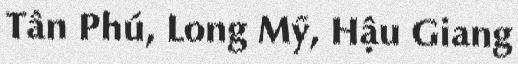
Tân Phú, Long Mỹ, Hậu Giang